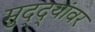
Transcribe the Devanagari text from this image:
मुद्‌द्‌यांवर